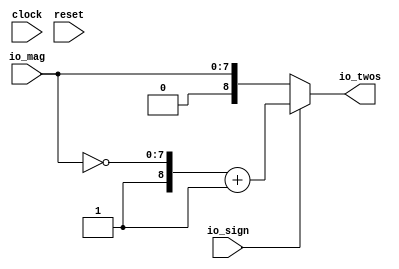
// This program was cloned from: https://github.com/wilfredkisku/CHISEL3-PROJECTS
// License: The Unlicense

module signedConversion(
  input        clock,
  input        reset,
  input        io_sign,
  input  [7:0] io_mag,
  output [8:0] io_twos
);
  wire [7:0] _io_twos_T = ~io_mag; // @[signedConversion.scala 12:25]
  wire [8:0] _io_twos_T_1 = {1'h1,_io_twos_T}; // @[Cat.scala 33:92]
  wire [9:0] _io_twos_T_2 = _io_twos_T_1 + 9'h1; // @[signedConversion.scala 12:34]
  wire [9:0] _GEN_0 = io_sign ? _io_twos_T_2 : {{2'd0}, io_mag}; // @[signedConversion.scala 11:18 12:13 14:13]
  assign io_twos = _GEN_0[8:0];
endmodule